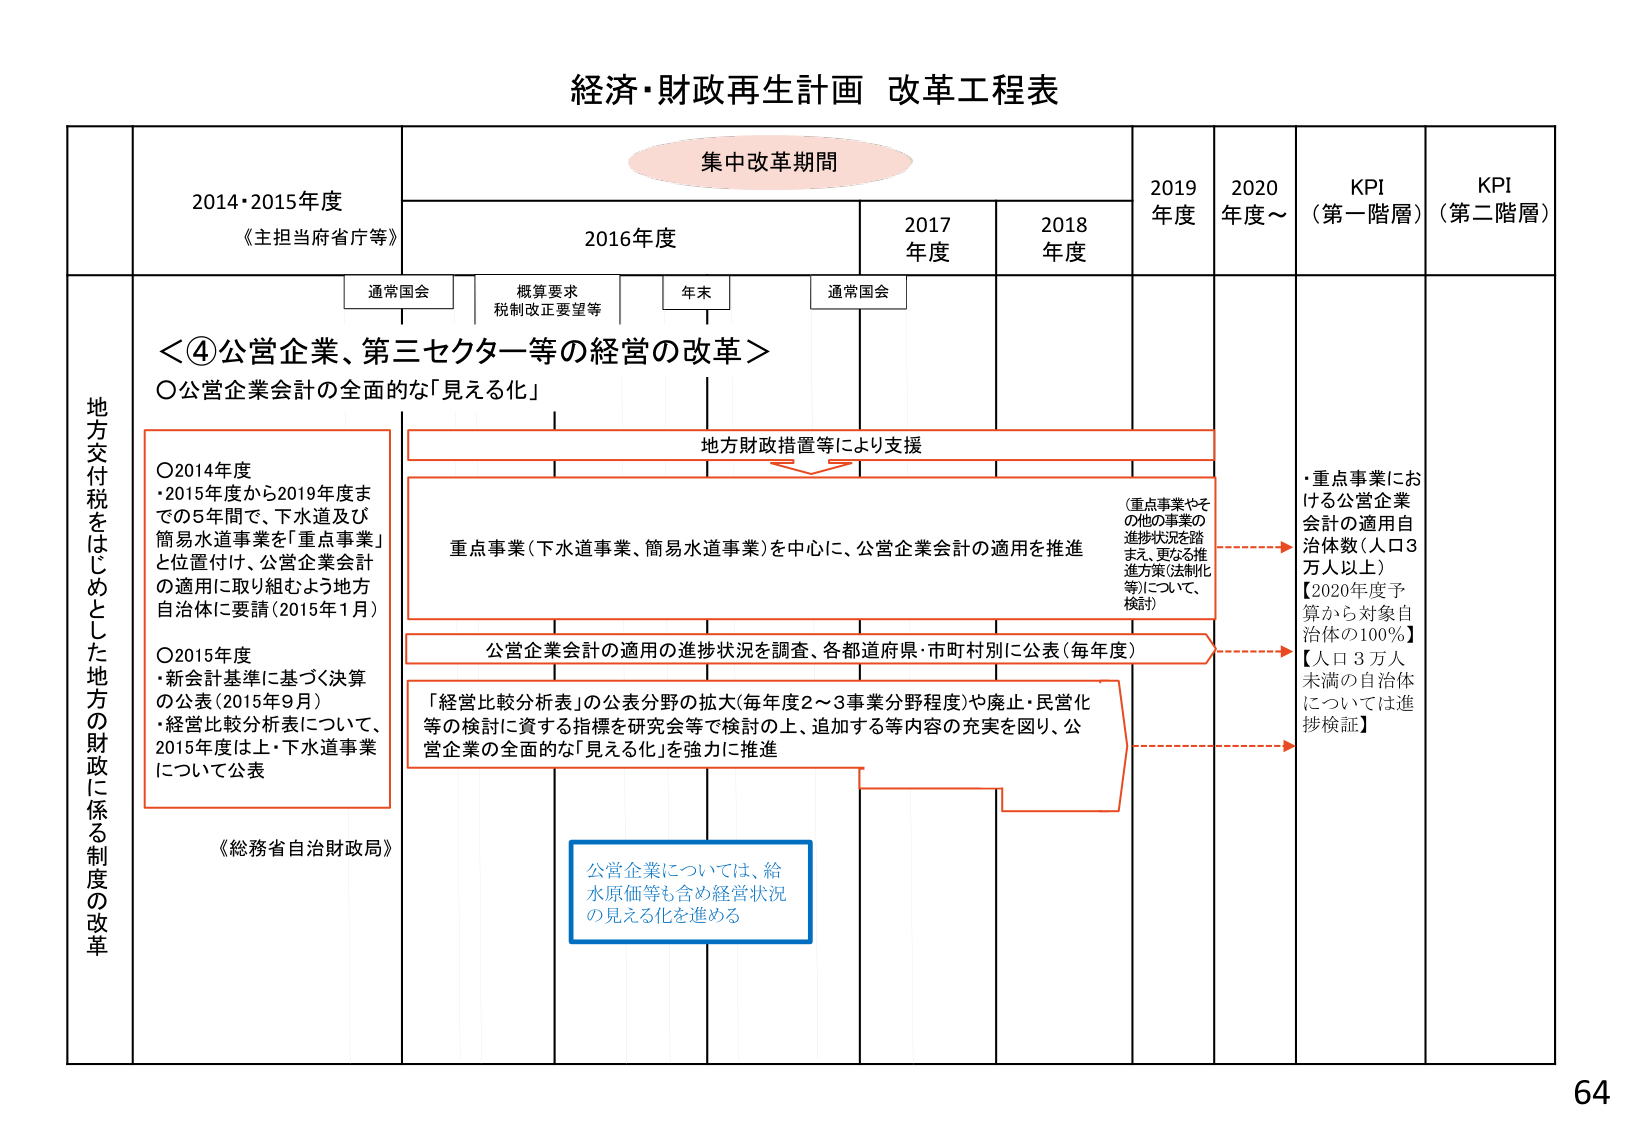
経済・財政再生計画 改革工程表

集中改革期間

2014・2015年度
《主担当府省庁等》

2016年度

2017年度

2018年度

2019年度

2020年度～

KPI（第一階層）

KPI（第二階層）

通常国会

概算要求
税制改正要望等

年末

通常国会

地方交付税をはじめとした地方の財政に係る制度の改革

＜④公営企業、第三セクター等の経営の改革＞
〇公営企業会計の全面的な「見える化」

〇2014年度
・2015年度から2019年度までの5年間で、下水道及び簡易水道事業を「重点事業」と位置付け、公営企業会計の適用に取り組むよう地方自治体に要請（2015年1月）

〇2015年度
・新会計基準に基づく決算の公表（2015年9月）
・経営比較分析表について、2015年度は上・下水道事業について公表

《総務省自治財政局》

地方財政措置等により支援

重点事業（下水道事業、簡易水道事業）を中心に、公営企業会計の適用を推進

（重点事業やその他の事業の進捗状況を踏まえ、更なる推進方策（法制化等）について、検討）

公営企業会計の適用の進捗状況を調査、各都道府県・市町村別に公表（毎年度）

「経営比較分析表」の公表分野の拡大（毎年度2～3事業分野程度）や廃止・民営化等の検討に資する指標を研究会等で検討の上、追加する等内容の充実を図り、公営企業の全面的な「見える化」を強力に推進

公営企業については、給水原価等も含め経営状況の見える化を進める

・重点事業における公営企業会計の適用自治体数（人口3万人以上）
【2020年度予算から対象自治体の100％】
【人口3万人未満の自治体については進捗検証】

64